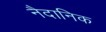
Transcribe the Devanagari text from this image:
नैदानिक